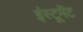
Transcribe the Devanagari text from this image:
इंस्टूमेंट